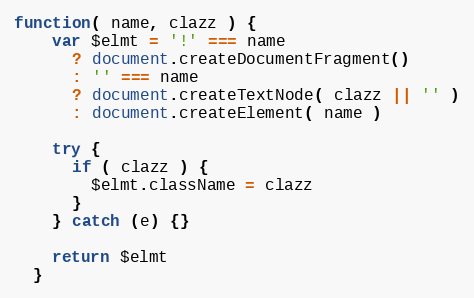
Language: JavaScript
function( name, clazz ) {
    var $elmt = '!' === name
      ? document.createDocumentFragment()
      : '' === name
      ? document.createTextNode( clazz || '' )
      : document.createElement( name )

    try {
      if ( clazz ) {
        $elmt.className = clazz
      }
    } catch (e) {}

    return $elmt
  }